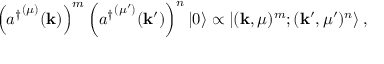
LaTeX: \left( { a ^ { \dagger } } ^ { ( \mu ) } ( \mathbf { k } ) \right) ^ { m } \left( { a ^ { \dagger } } ^ { ( \mu ^ { \prime } ) } ( \mathbf { k } ^ { \prime } ) \right) ^ { n } | 0 \rangle \propto \left| ( \mathbf { k } , \mu ) ^ { m } ; ( \mathbf { k } ^ { \prime } , \mu ^ { \prime } ) ^ { n } \right\rangle ,